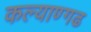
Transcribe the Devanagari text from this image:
कल्याण्गढ